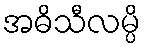
အဓိသီလမ္ပိ